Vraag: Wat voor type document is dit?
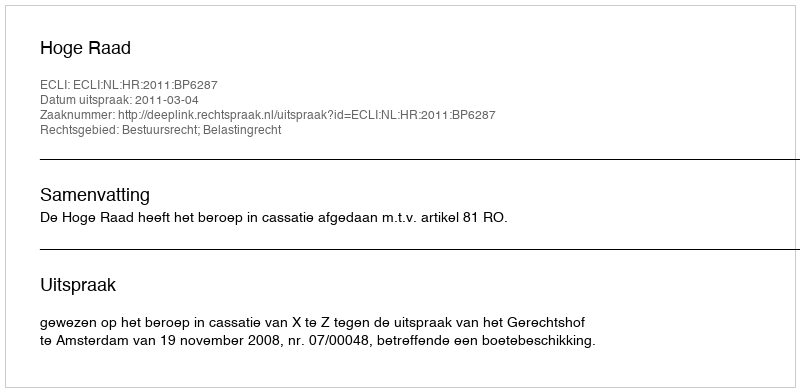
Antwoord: Uitspraak